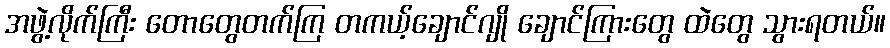
အဖွဲ့လိုက်ကြီး တောတွေတက်ကြ တကယ့်ချောင်ဂျို ချောင်ကြားတွေ ထဲတွေ သွားရတယ်။